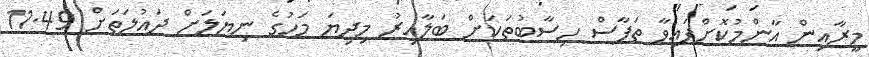
މީރާއިން އާންމުކޮށްފައިވާ ތަފާސް ހިސާބުތަކަށް ބަލާއިރު މިދިޔަ މަހުގެ ނިޔަލަށް ދައުލަތަށް 11.49